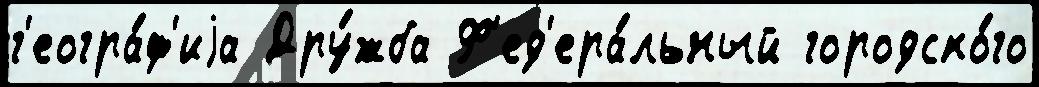
г'еогра́ф'иjа Дру́жба Ф'ед'ера́льный городско́го